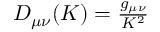
\begin{array} { r } { D _ { \mu \nu } ( K ) = \frac { g _ { \mu \nu } } { K ^ { 2 } } } \end{array}